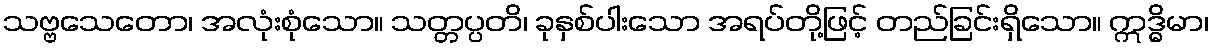
သဗ္ဗသေတော၊ အလုံးစုံသော။ သတ္တပ္ပတိ၊ ခုနှစ်ပါးသော အရပ်တို့ဖြင့် တည်ခြင်းရှိသော။ ဣဒ္ဓိမာ၊